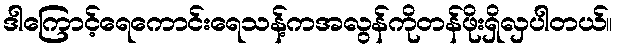
ဒါကြောင့်ရေကောင်းရေသန့်ကအလွန်ကိုတန်ဖိုးရှိလှပါတယ်။